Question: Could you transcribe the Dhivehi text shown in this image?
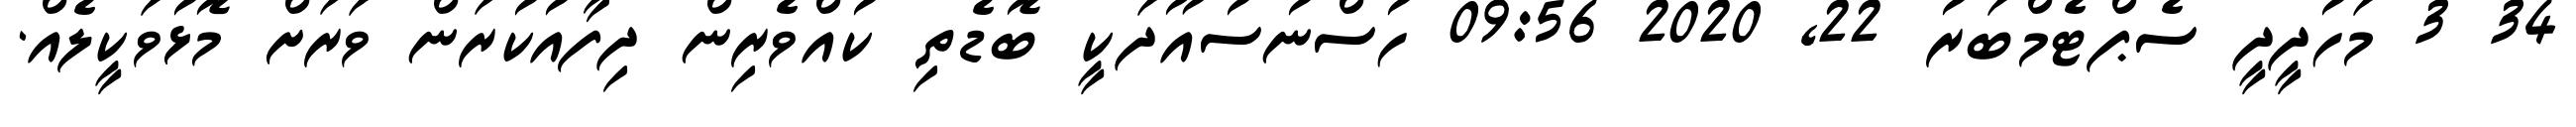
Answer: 34 3 މަހުދީދީ ސެޕްޓެމްބަރު 22, 2020 09:56 ހުސްނުސުއޫދަކީ ބޮޑެތި ކުއްވެރިން ދިފާއުކުރަން ވަރަށް މޮޅުވަކީލެއް.